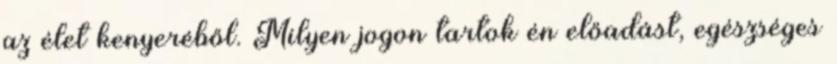
az élet kenyeréből. Milyen jogon tartok én előadást, egészséges